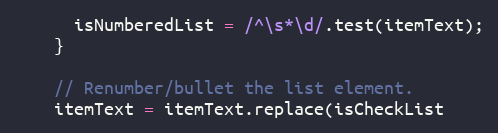
Language: JavaScript
      isNumberedList = /^\s*\d/.test(itemText);
    }

    // Renumber/bullet the list element.
    itemText = itemText.replace(isCheckList